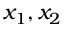
x _ { 1 } , x _ { 2 }